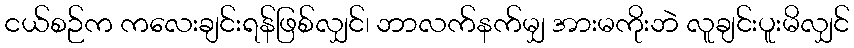
ငယ်စဉ်က ကလေးချင်းရန်ဖြစ်လျှင်၊ ဘာလက်နက်မျှ အားမကိုးဘဲ လူချင်းပူးမိလျှင်